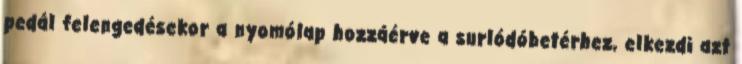
pedál felengedésekor a nyomólap hozzáérve a surlódóbetérhez, elkezdi azt